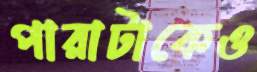
পারাটাকেও